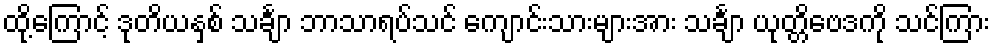
ထို့ကြောင့် ဒုတိယနှစ် သင်္ချာ ဘာသာရပ်သင် ကျောင်းသားများအား သင်္ချာ ယုတ္တိဗေဒကို သင်ကြား